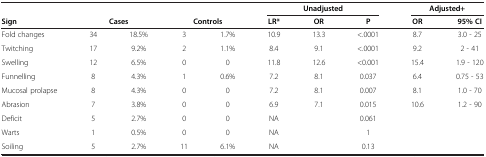
<table><thead><tr><td><b> </b></td><td colspan="2"><b> </b></td><td colspan="2"><b> </b></td><td colspan="3"><b>Unadjusted</b></td><td colspan="2"><b>Adjusted+</b></td></tr><tr><td><b>Sign</b></td><td colspan="2"><b>Cases</b></td><td colspan="2"><b>Controls</b></td><td><b>LR*</b></td><td><b>OR</b></td><td><b>P</b></td><td><b>OR</b></td><td><b>95% CI</b></td></tr></thead><tbody><tr><td>Fold changes</td><td>34</td><td>18.5%</td><td>3</td><td>1.7%</td><td>10.9</td><td>13.3</td><td>&lt;.0001</td><td>8.7</td><td>3.0 - 25</td></tr><tr><td>Twitching</td><td>17</td><td>9.2%</td><td>2</td><td>1.1%</td><td>8.4</td><td>9.1</td><td>&lt;.0001</td><td>9.2</td><td>2 - 41</td></tr><tr><td>Swelling</td><td>12</td><td>6.5%</td><td>0</td><td>0</td><td>11.8</td><td>12.6</td><td>&lt;0.001</td><td>15.4</td><td>1.9 - 120</td></tr><tr><td>Funnelling</td><td>8</td><td>4.3%</td><td>1</td><td>0.6%</td><td>7.2</td><td>8.1</td><td>0.037</td><td>6.4</td><td>0.75 - 53</td></tr><tr><td>Mucosal prolapse</td><td>8</td><td>4.3%</td><td>0</td><td>0</td><td>7.2</td><td>8.1</td><td>0.007</td><td>8.1</td><td>1.0 - 70</td></tr><tr><td>Abrasion</td><td>7</td><td>3.8%</td><td>0</td><td>0</td><td>6.9</td><td>7.1</td><td>0.015</td><td>10.6</td><td>1.2 - 90</td></tr><tr><td>Deficit</td><td>5</td><td>2.7%</td><td>0</td><td>0</td><td>NA</td><td> </td><td>0.061</td><td> </td><td> </td></tr><tr><td>Warts</td><td>1</td><td>0.5%</td><td>0</td><td>0</td><td>NA</td><td> </td><td>1</td><td> </td><td> </td></tr><tr><td>Soiling</td><td>5</td><td>2.7%</td><td>11</td><td>6.1%</td><td>NA</td><td> </td><td>0.13</td><td> </td><td> </td></tr></tbody></table>